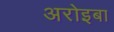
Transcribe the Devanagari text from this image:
अरोइबा